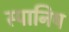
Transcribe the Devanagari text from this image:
स्पानिष